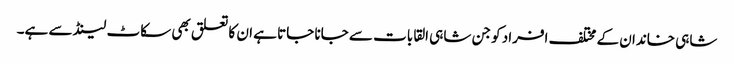
شاہی خاندان کے مختلف افراد کو جن شاہی القابات سے جانا جاتا ہے ان کا تعلق بھی سکاٹ لینڈ سے ہے۔